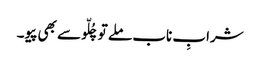
شرابِ ناب ملے تو چُلّو سے بھی پیو۔